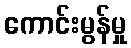
ကောင်းမွန်မှု